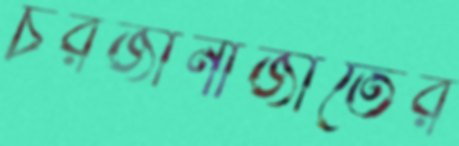
চরজানাজাতের